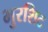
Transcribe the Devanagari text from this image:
भुरशिट